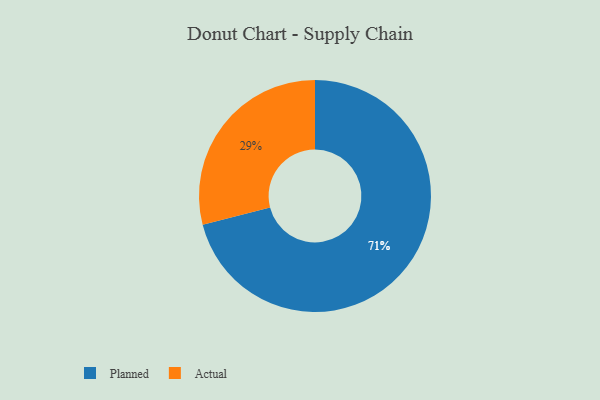
{"axis": {"x": "Category", "y": "Percentage"}, "legend": ["Actual", "Planned"], "data": [{"x": "Planned", "y": 71, "type": "Planned"}, {"x": "Actual", "y": 29, "type": "Actual"}]}